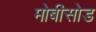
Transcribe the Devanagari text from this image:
मोबीसोड